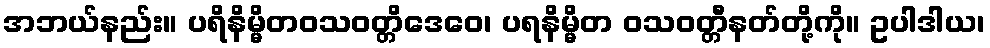
အဘယ်နည်း။ ပရိနိမ္မိတဝသဝတ္တိဒေဝေ၊ ပရနိမ္မိတ ဝသဝတ္တီနတ်တို့ကို။ ဥပါဒါယ၊